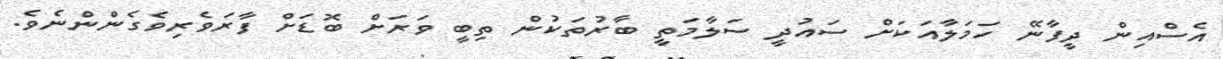
އެސްއިން ދީފާނޭ ހަމަލާއަކަށް ސައުދީ ސަލާމަތީ ބާރުތަކުން ތިބީ ވަރަށް ބޮޑަށް ފާރަވެރިވެގެންންނެވެ.